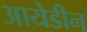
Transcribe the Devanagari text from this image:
आयेडीन